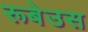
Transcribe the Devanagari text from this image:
रूबेउस